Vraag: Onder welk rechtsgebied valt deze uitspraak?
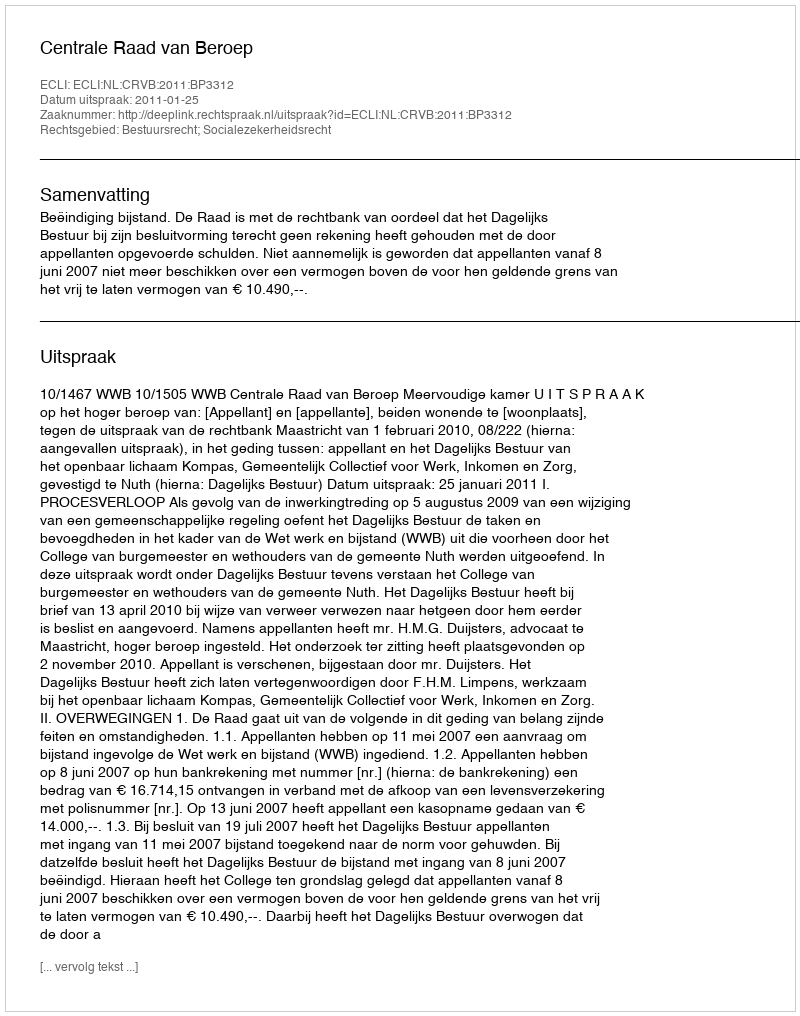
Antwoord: Bestuursrecht; Socialezekerheidsrecht